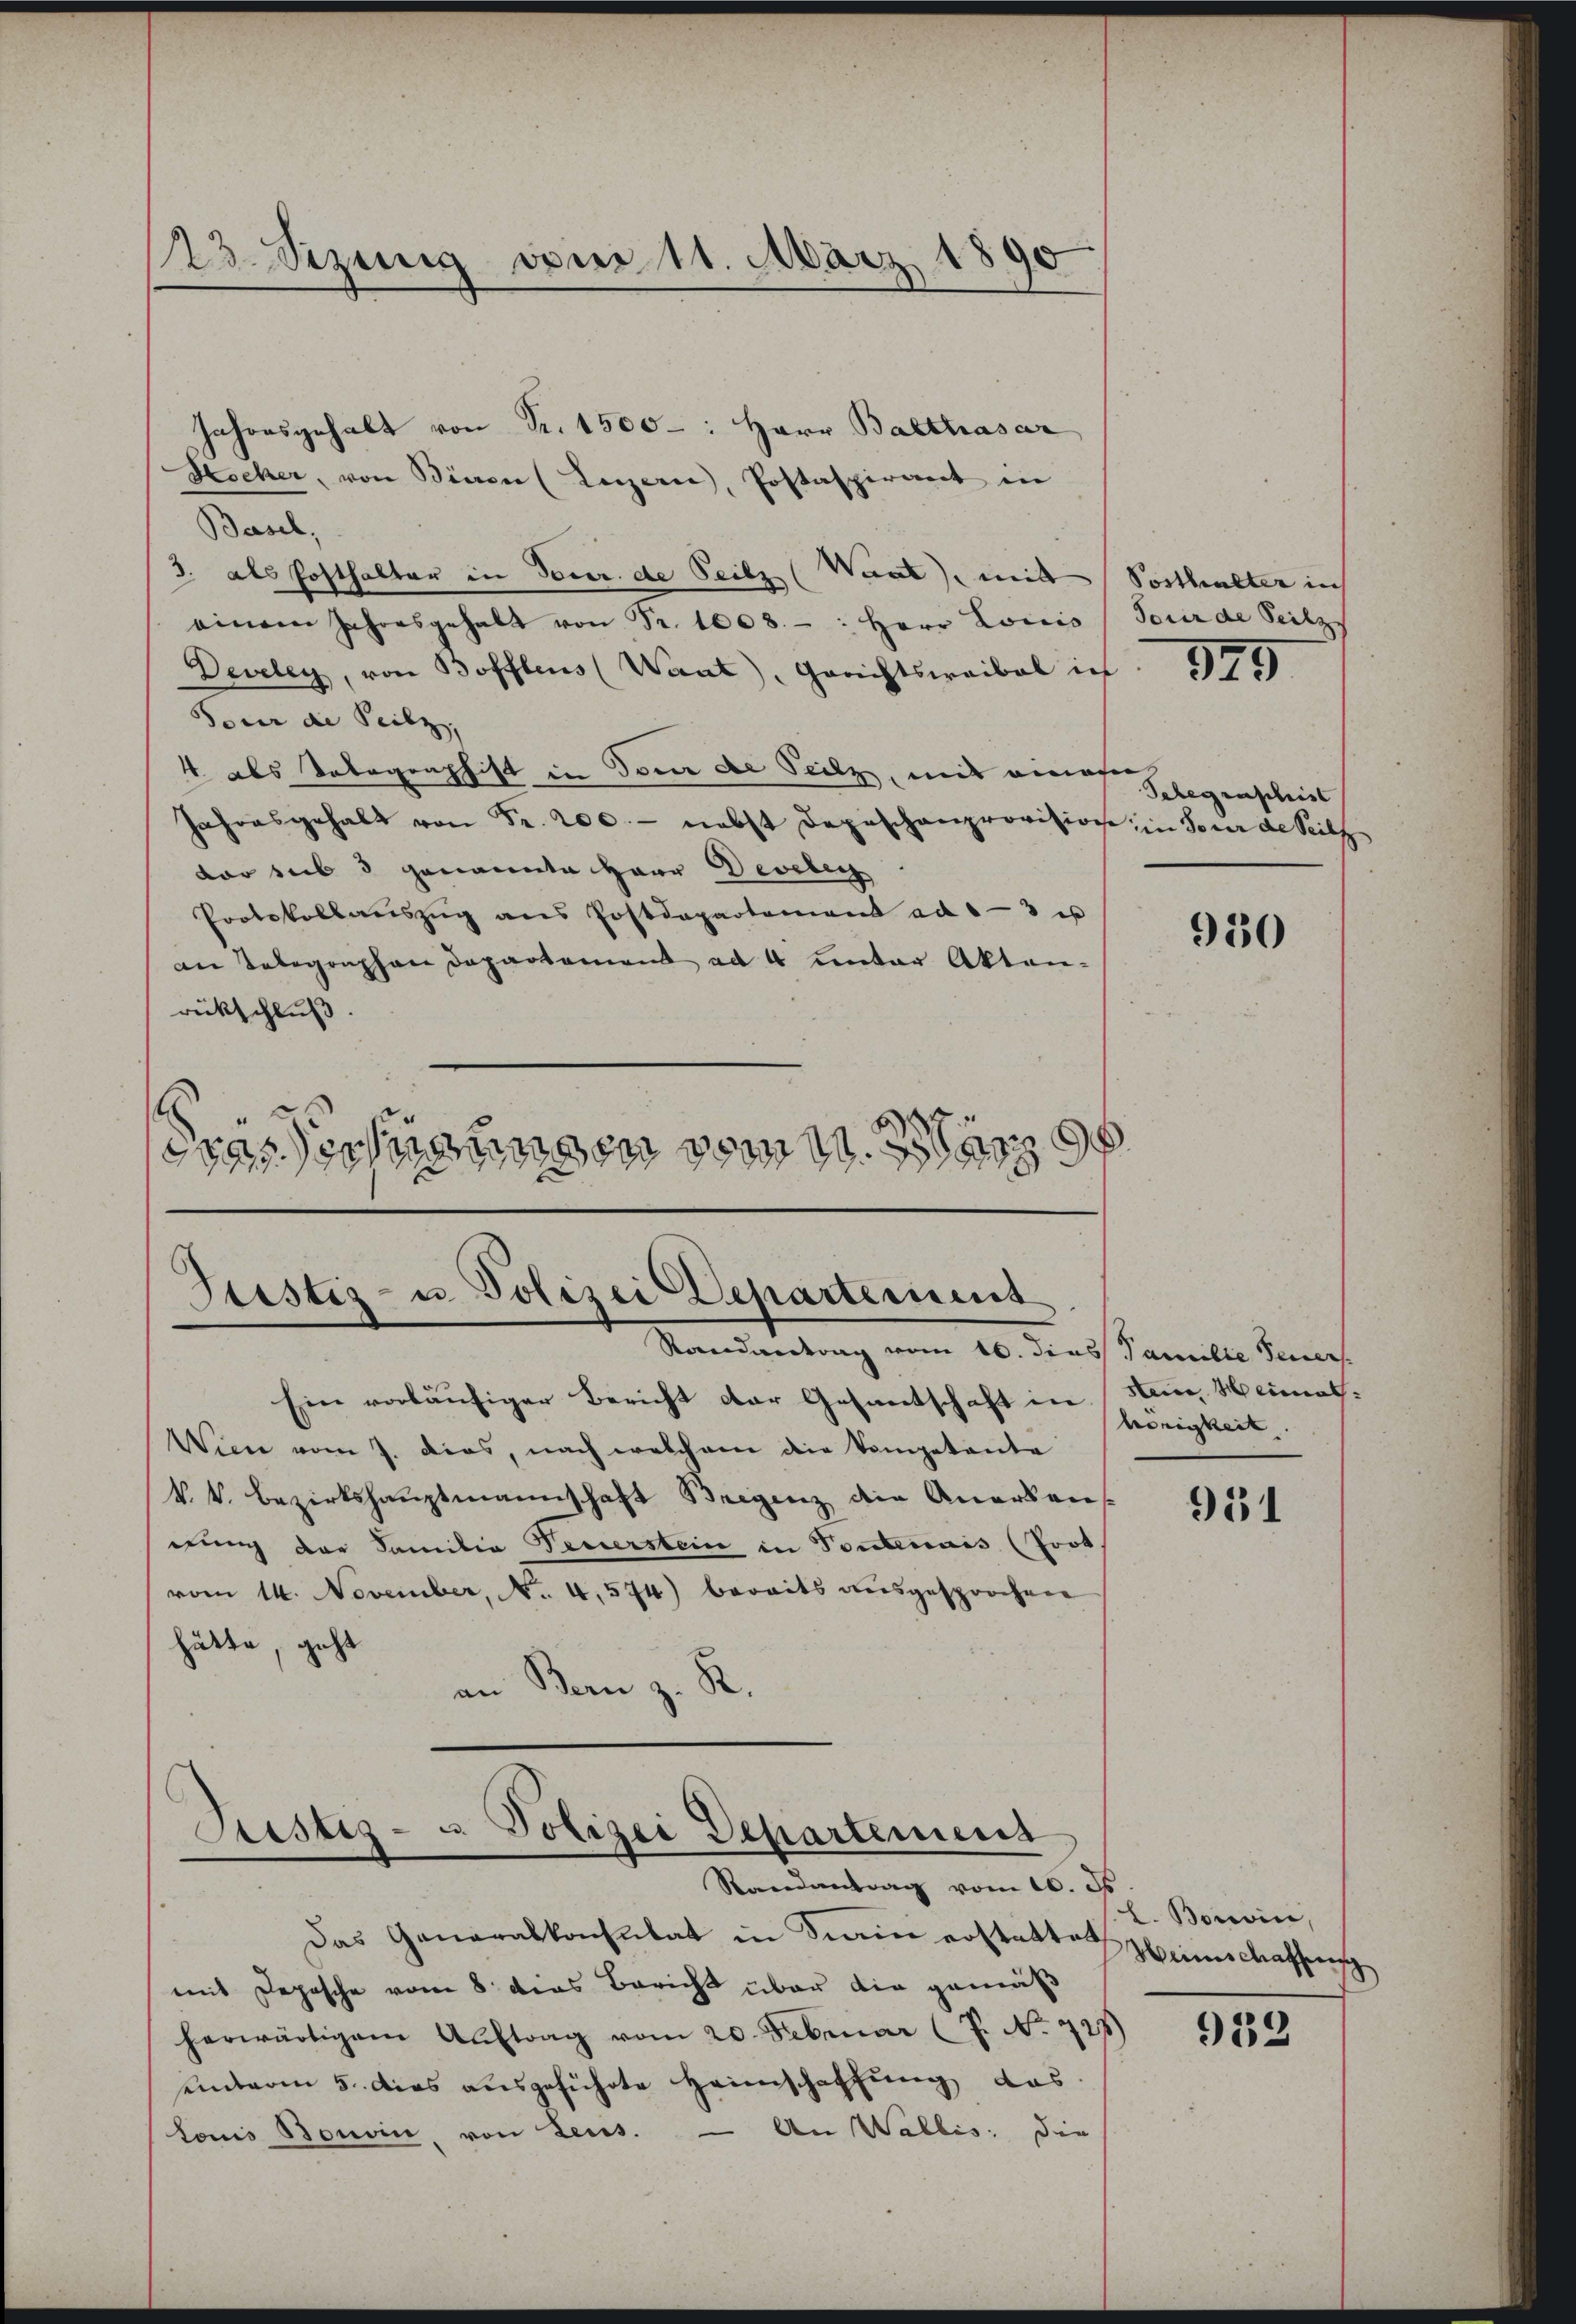
123. Sezung vom 11. März 1890

Jahresgehalt von Fr. 1500-: Herr Balthasar
Kocher, von Sinen (Luzern, Postaspirant in
Basel,
3. als Posthalter in Feuer de Teilz (Want, mit Posthalter in
einem Jahresgehalt von Fr. 1008 : Herr Louis Jourde Seilz
Develey, von Bofftens (Want. Gerichtswaibel ich 179
Pour de Teilz,
4 als Telegenphist in dem de Seilz, mit eines Gegenschrit
Jahresgehalt von Fr. 200.- nebst Depeschenprovision; in Soner de Teilz
dor sub 3 genannte Herr Develey
Protokollaŭszŭg ans Postdepartement ad 1-3 u
an Telegenphan Departement ad 4 unter Akten-
rückschluß
drassertigungen vom 1. an

Justiz- u Polizei Departement
Randantrag vom 16. dies Familie Feuers

Ein vorläufiger Bericht der Gesantschaft in
Wien vom 7. dies, nach welchem die Vompetente
k.k. Bezirkshauptmannschaft Bregenz die Anerkendung der Familie Feuerstein in Toutenais (Prot.
vom 14. November, No. 4.574) bereits aŭsgesprochen
hätte, geht
an Bern z. R.
Justiz- u Polizei Departemens
Randantrag vom 10. J
Das Generalkonsulat in Krain erstattet Heimschaffung
mit Depesche vom 8. dies Bericht über die gemäß
herwärtigem Auftrag vom 20. Februar (7. No. 728)
unterm 5. dies ausgeführte Heimschaffung das
Louis Bonoin, von Leus. — An Wallis: die

950

stein, Heimat
hörigkeit

951

L. Boivin,

918